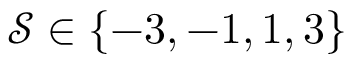
\mathcal { S } \in \{ - 3 , - 1 , 1 , 3 \}